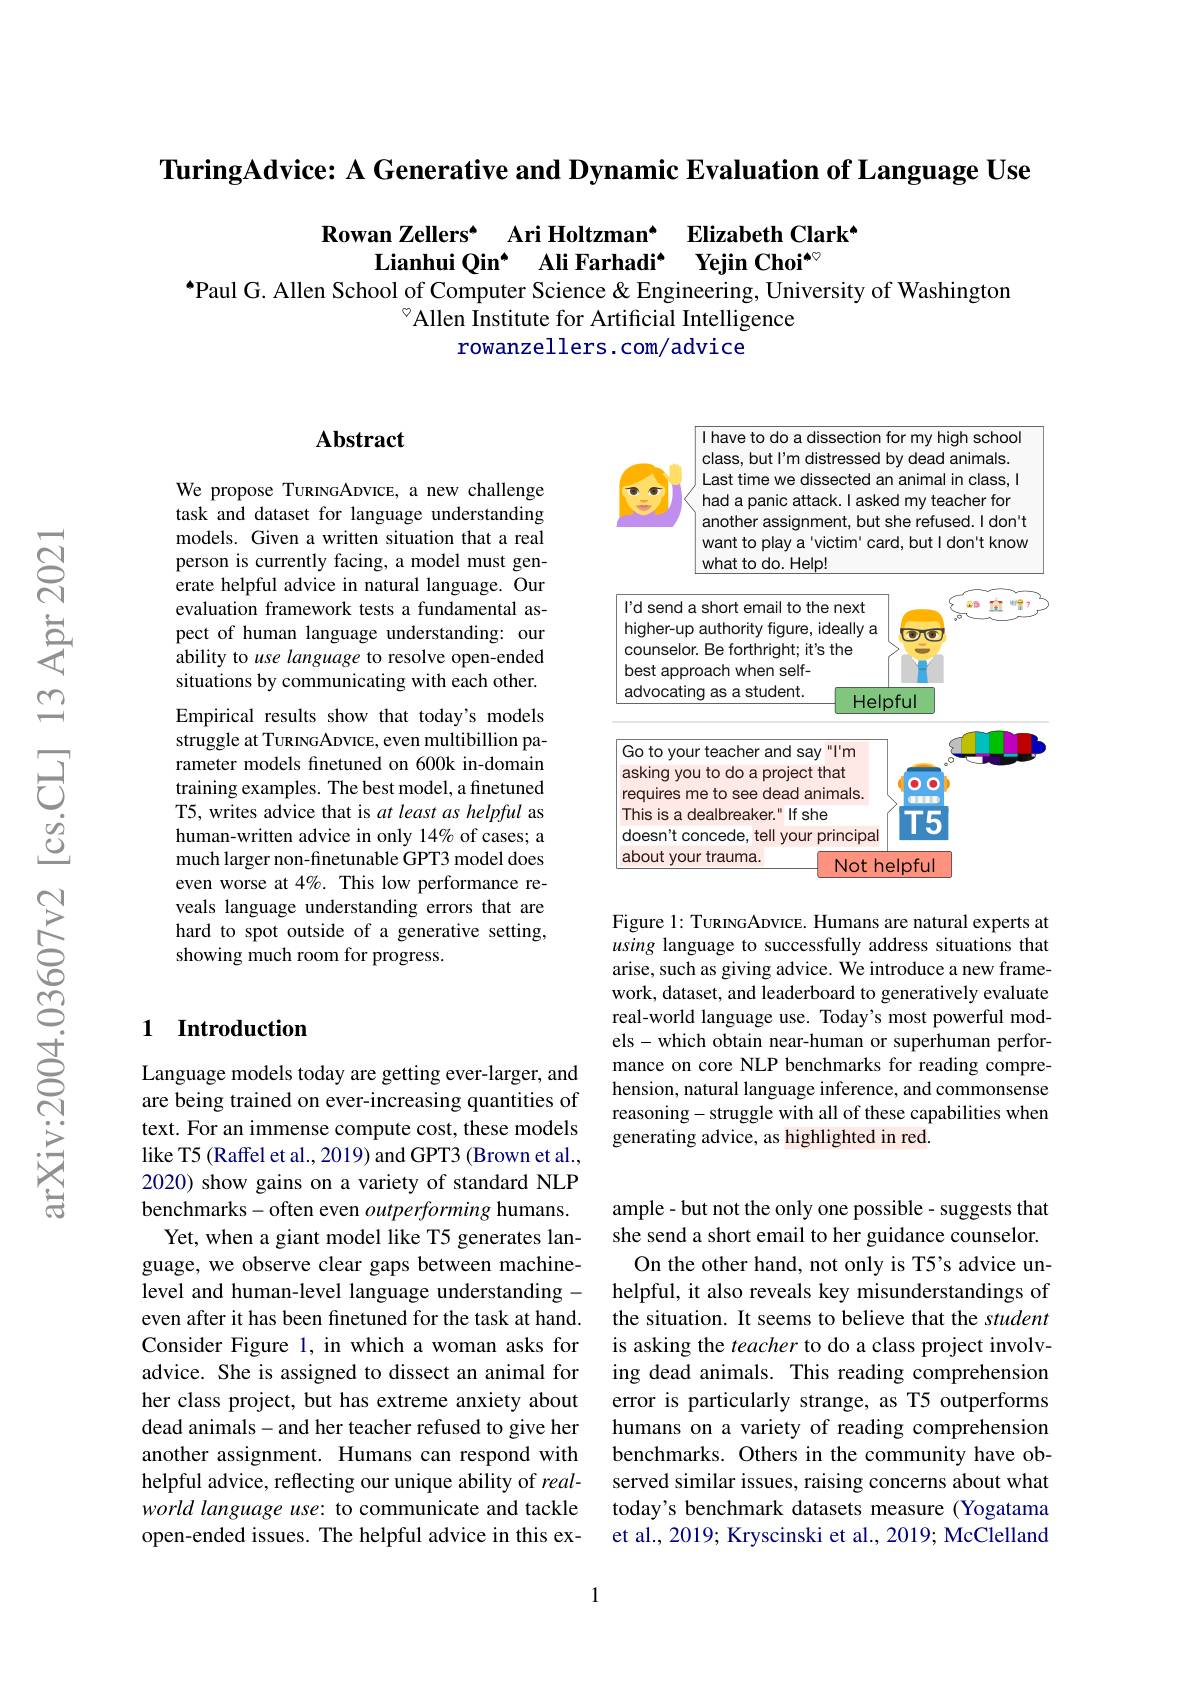
TuringAdvice: A Generative and Dynamic Evaluation of Language Use

# $\begin{array}{cc}\text{Rowan Zellers* Ari Holtzman* Elizabeth Clark}\\\text{Lianhui Qin* Ali Farhadi* Yejin Choi}^{*\circ}\end{array}$

$^{\bullet}$Paul G. Allen School of Computer Science & Engineering, University of Washington
$^{\circ}$Allen Institute for Artificial Intelligence
rowanzellers.com/advice

## Abstract

We propose TunnnGADVICE, a new challenge task and dataset for language understanding models. Given a written situation that a real person is currently facing, a model must generate helpful advice in natural language. Our evaluation framework tests a fundamental aspect of human language understanding: our ability to use language to resolve open-ended situations by communicating with each other. Empirical results show that today's models struggle at TuRINGADVICE, even multibillion parameter models finetuned on 600k in-domain training examples. The best model, a finetuned T5, writes advice that is at least as helpful as human-written advice in only 14% of cases; a much larger non-finetunable GPT3 model does even worse at 4%. This low performance reveals language understanding errors that are hard to spot outside of a generative setting, showing much room for progress.

### 1 Introduction

Language models today are getting ever-larger, and are being trained on ever-increasing quantities of text. For an immense compute cost, these models like T5 (Raffel et al., 2019) and GPT3 (Brown et al., 2020) show gains on a variety of standard NLP benchmarks- often even outperforming humans.
Yet, when a giant model like T5 generates language, we observe clear gaps between machinelevel and human-level language understanding - even after it has been finetuned for the task at hand. Consider Figure 1, in which a woman asks for advice. She is assigned to dissect an animal for her class project, but has extreme anxiety about dead animals- and her teacher refused to give her another assignment. Humans can respond with helpful advice, reflecting our unique ability of $real-$ world language use: to communicate and tackle open-ended issues. The helpful advice in this ex-

I have to do a dissection for my high school class, but l'm distressed by dead animals. Last time we dissected an animal in class, I had a panic attack. l asked my teacher for another assignment, but she refused. I don't want to play a 'victim' card, but l don't know what to do. Help!

<FigureHere>

Figure 1: TuRINGADVICE. Humans are natural experts at using language to successfully address situations that arise, such as giving advice. We introduce a new framework, dataset, and leaderboard to generatively evaluate real-world language use. Today's most powerful models-which obtain near-human or superhuman performance on core NLP benchmarks for reading comprehension, natural language inference, and commonsense reasoning- struggle with all of these capabilities when generating advice, as highlighted in red.

ample - but not the only one possible - suggests that she send a short email to her guidance counselor.
On the other hand, not only is T5's advice unhelpful, it also reveals key misunderstandings of the situation. It seems to believe that the student is asking the teacher to do a class project involving dead animals. This reading comprehension error is particularly strange, as T5 outperforms humans on a variety of reading comprehension benchmarks. Others in the community have observed similar issues, raising concerns about what today's benchmark datasets measure (Yogatama et al., 2019; Kryscinski et al., 2019; McClelland